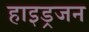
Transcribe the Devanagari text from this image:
हाइड्रजन